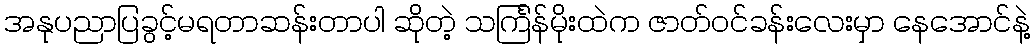
အနုပညာပြခွင့်မရတာဆန်းတာပါ ဆိုတဲ့ သင်္ကြန်မိုးထဲက ဇာတ်ဝင်ခန်းလေးမှာ နေအောင်နဲ့